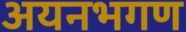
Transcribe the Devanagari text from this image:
अयनभगण